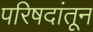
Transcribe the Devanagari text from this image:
परिषदांतून